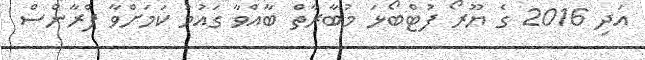
އަދި 2016 ގެ ޔޫރޯ ފުޓްބޯޅަ މުބާރާތް ބާއްވާ ގައުމު ކަމަށްވާ ފްރާންސް